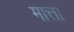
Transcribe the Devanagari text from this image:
मात्ता